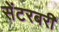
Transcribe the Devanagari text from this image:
सेंटरबरी